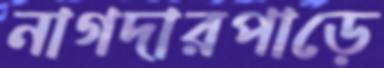
নাগদারপাড়ে